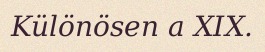
Különösen a XIX.